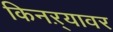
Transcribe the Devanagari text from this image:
किनऱ्यावर